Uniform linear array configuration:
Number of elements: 32
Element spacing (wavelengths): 1
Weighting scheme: cosine
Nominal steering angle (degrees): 15
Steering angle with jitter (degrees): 15.793
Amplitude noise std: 0.05
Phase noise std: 0.05

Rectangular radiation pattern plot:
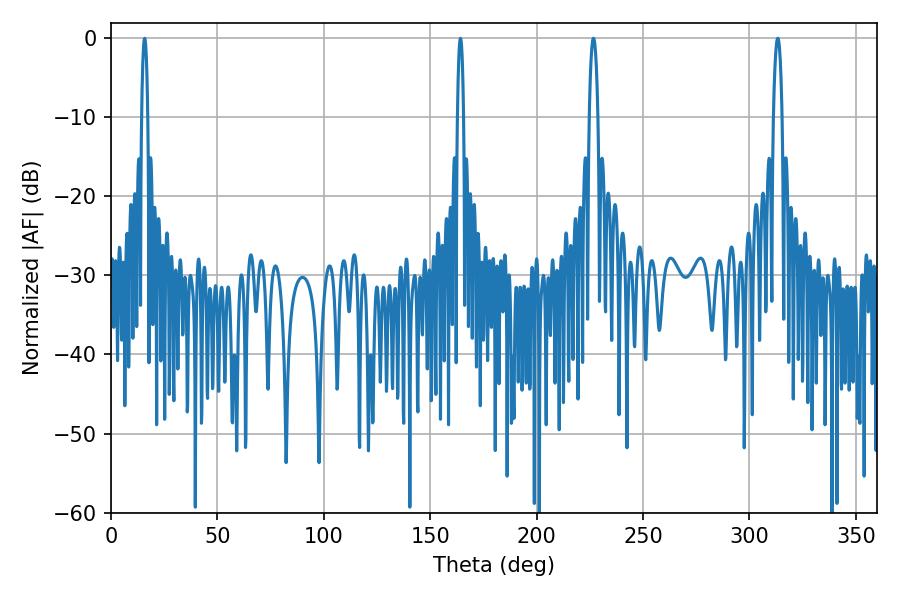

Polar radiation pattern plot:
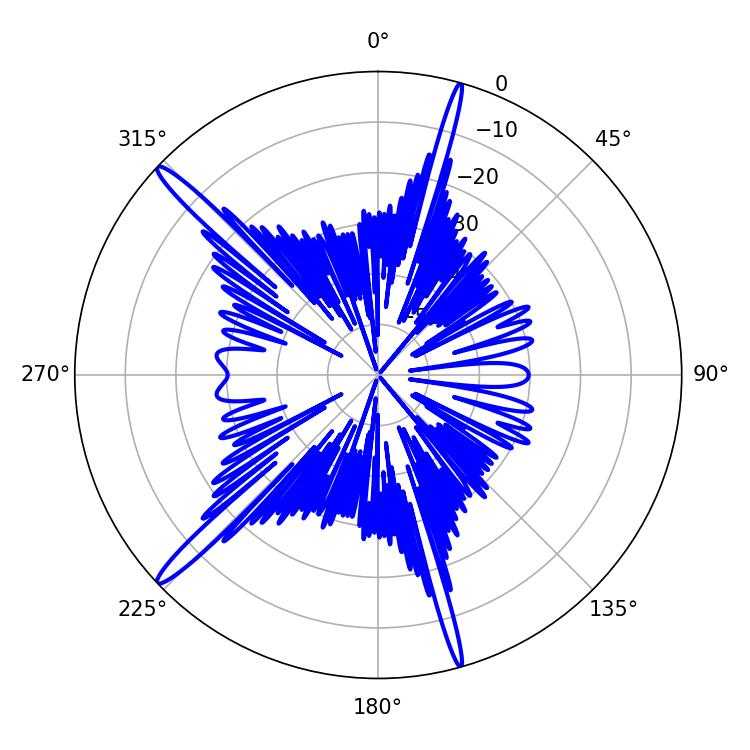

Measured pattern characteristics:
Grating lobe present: TRUE
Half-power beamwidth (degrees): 1.62
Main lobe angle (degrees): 164.16